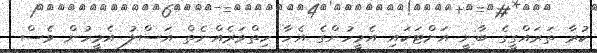
ކުރާ ތަރައްގީގެ ބާނީ އަށްޓަކައި އެމީހުންގެ އެހާ ހިތްވަރެއްނެތް އަސްލު އެމީހުން ވެސް